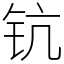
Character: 钪